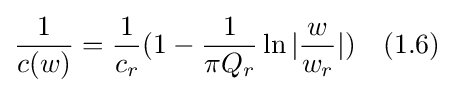
{\frac {1}{c(w)}}={\frac {1}{c_{r}}}(1-{\frac {1}{\pi Q_{r}}}\ln |{\frac {w}{w_{r}}}|)\quad (1.6)